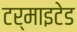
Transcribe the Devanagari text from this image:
टर्माइटेड